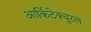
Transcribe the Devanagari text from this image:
आर्किटेक्चुरल